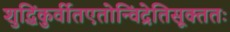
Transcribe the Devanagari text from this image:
शुद्धिंकुर्वीतएतोन्विंद्रेतिसूक्ततः